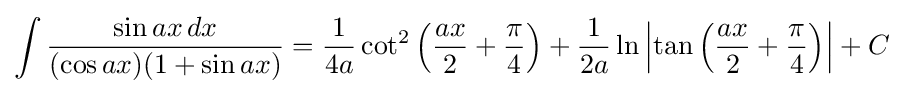
\int {\frac {\sin ax\,dx}{(\cos ax)(1+\sin ax)}}={\frac {1}{4a}}\cot ^{2}\left({\frac {ax}{2}}+{\frac {\pi }{4}}\right)+{\frac {1}{2a}}\ln \left|\tan \left({\frac {ax}{2}}+{\frac {\pi }{4}}\right)\right|+C